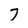
Character: 7